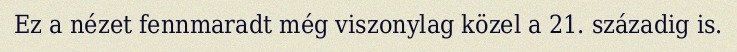
Ez a nézet fennmaradt még viszonylag közel a 21. századig is.